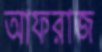
আফরাজ